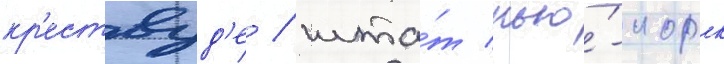
кр'ествуд'е / шта́т нью́-иорк